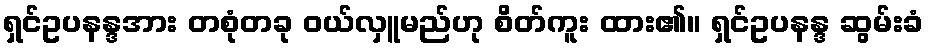
ရှင်ဥပနန္ဒအား တစုံတခု ဝယ်လှူမည်ဟု စိတ်ကူး ထား၏။ ရှင်ဥပနန္ဒ ဆွမ်းခံ